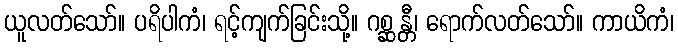
ယူလတ်သော်။ ပရိပါကံ၊ ရင့်ကျက်ခြင်းသို့။ ဂစ္ဆန္တီ၊ ရောက်လတ်သော်။ ကာယိကံ၊